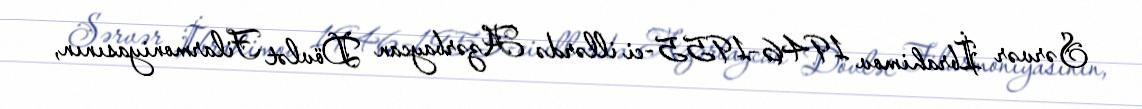
Sərvər İbrahimov 1946–1955-ci illərdə Azərbaycan Dövlət Filarmoniyasının,